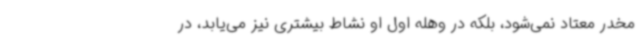
مخدر معتاد نمی‌شود، بلکه در وهله اول او نشاط بیشتری نیز می‌یابد، در